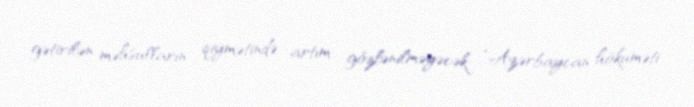
gətirilən məhsulların qiymətində artım gözlənilməyəcək: “Azərbaycan hökuməti